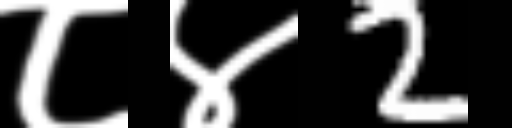
Text: ८४2